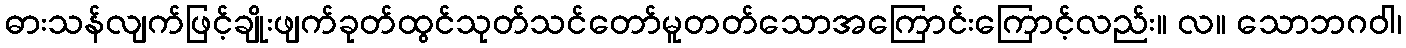
ဓားသန်လျက်ဖြင့်ချိုးဖျက်ခုတ်ထွင်သုတ်သင်တော်မူတတ်သောအကြောင်းကြောင့်လည်း။ လ။ သောဘဂဝါ၊